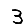
Digit: 3